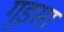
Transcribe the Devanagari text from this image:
गुइसा